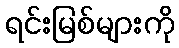
ရင်းမြစ်များကို